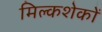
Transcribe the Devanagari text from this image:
मिल्कशेकों